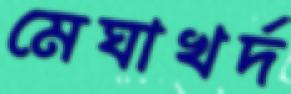
মেঘাখর্দ